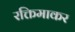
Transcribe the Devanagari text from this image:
रक्तिमाकर